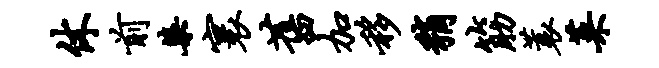
休前染寰旧加移稍筋蓑菜